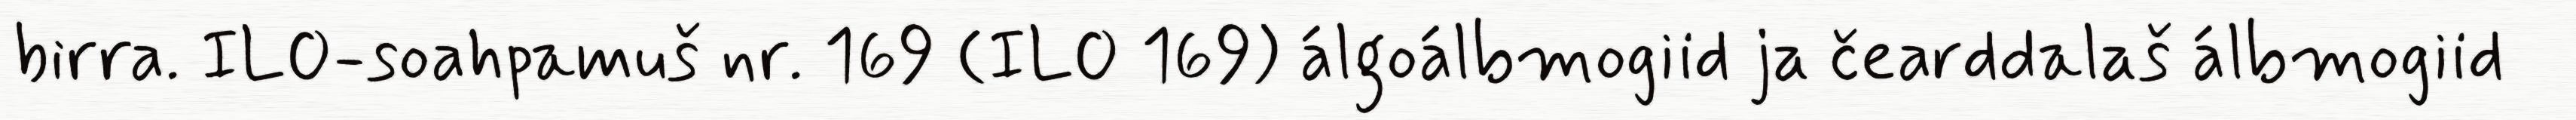
birra. ILO-soahpamuš nr. 169 (ILO 169) álgoálbmogiid ja čearddalaš álbmogiid